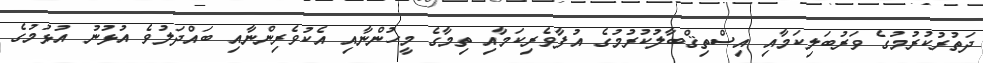
ދަތުރުކުރުމުގެ ވަރުބަލިކަމާއި އިސްތިޤްބާލުކުރުމުގެ އުފާވެރިކަމާއި ތިމާގެ މީހުންނާއި އެކުވެރިންނާއި ބައްދަލުވެ އުޅުނު އުޅުމުގެ